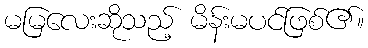
မမြလေးဆိုသည့် မိန်းမပင်ဖြစ်၏။